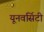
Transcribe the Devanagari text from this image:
यूनवर्सिटी